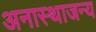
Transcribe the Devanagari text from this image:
अनास्थाजन्य